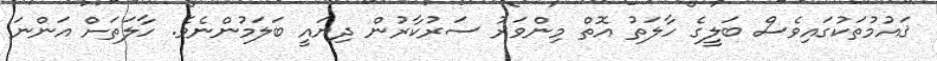
ޤައުމުތަކުގައިވެސް ބަލީގެ ހާލަތު އޮތް މިންވަރު ސަރުކާރުން ދިޔައީ ބަލަމުންނެވެ. ހާލަތަށް އަންނަ